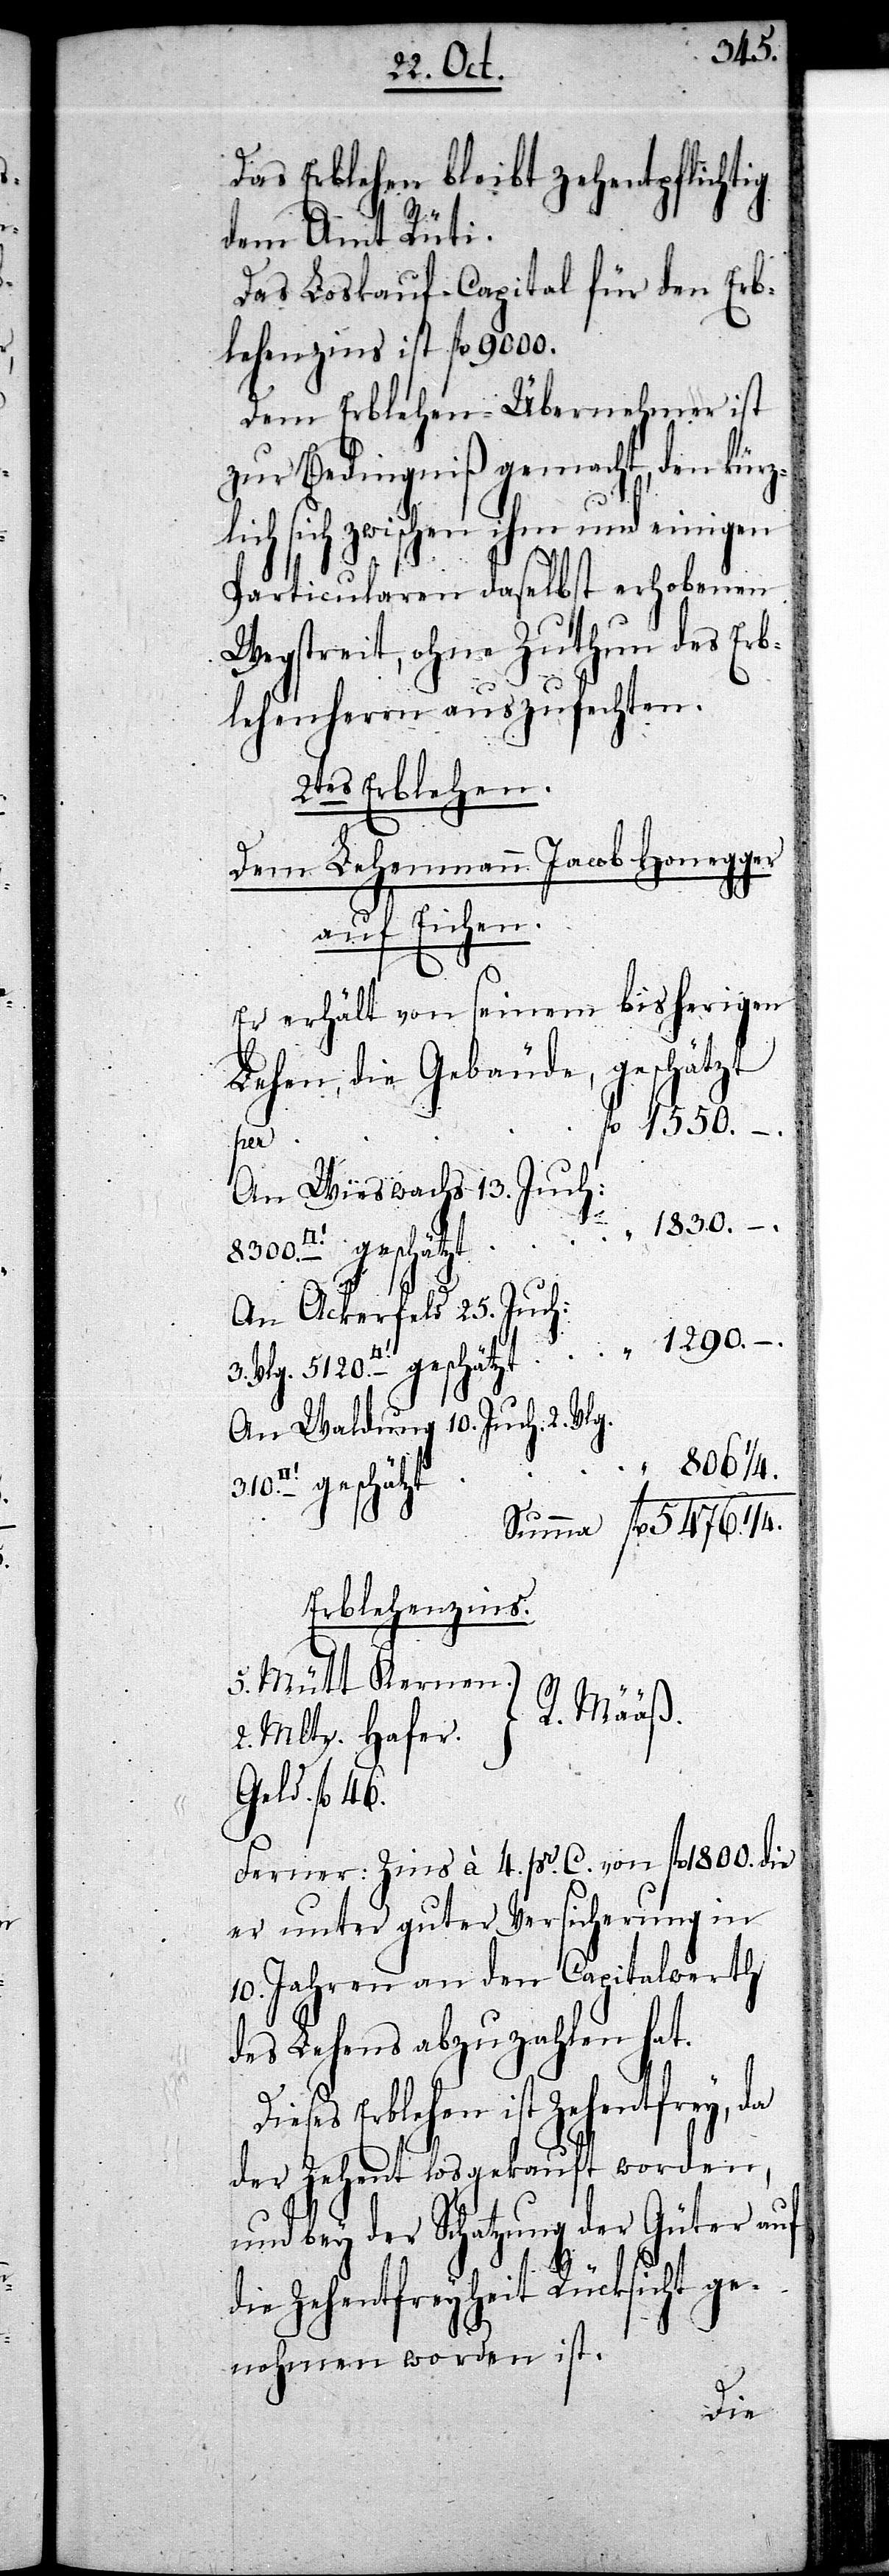
310.
Das Erblehen bleibt zehentpflichtig
dem Amt Rüti.
Das Loskauf-Capital für den Erb¬
lehenzins ist fl 9000.
Dem Erblehen-Übernehmer ist
zur Bedingniß gemacht, den kürz¬
lich sich zwischen ihm und einigen
Particularen daselbst erhobenen
Wegstreit, ohne Zuthun des Erb¬
lehenherrn auszufechten.
2.tes Erblehen.
Dem Lehenmann Jacob Honegger
auf Eichen.
Er erhält von seinem bisherigen
die Gebäude, geschätzt
3. Vlg. 5120.
fl
An Wieswachs 13. Juch:
An Ackerfeld 25. Juch:
An Waldung 10. Juch. 2. Vlg.
“ 806 1/4.
Erblehenzins.
5. Mütt Kernen.
R. Määß.
2. Mltr. Hafer.
Geld. fl 46.
Ferner: Zins à 4. pr. C. von fl 1800. die
er unter guter Versicherung in
10. Jahren an den Capitalwerth
des Lehens abzuzahlen hat.
Dieses Erblehen ist Zehentfrey, da
der Zehent losgekauft worden,
und bey der Schatzung der Güter auf
die Zehentfreyheit Rücksicht ge¬
nohmen worden ist.